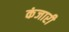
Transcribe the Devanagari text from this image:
कंजारी